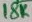
Text: 18K